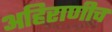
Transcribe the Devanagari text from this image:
अहिराणीच